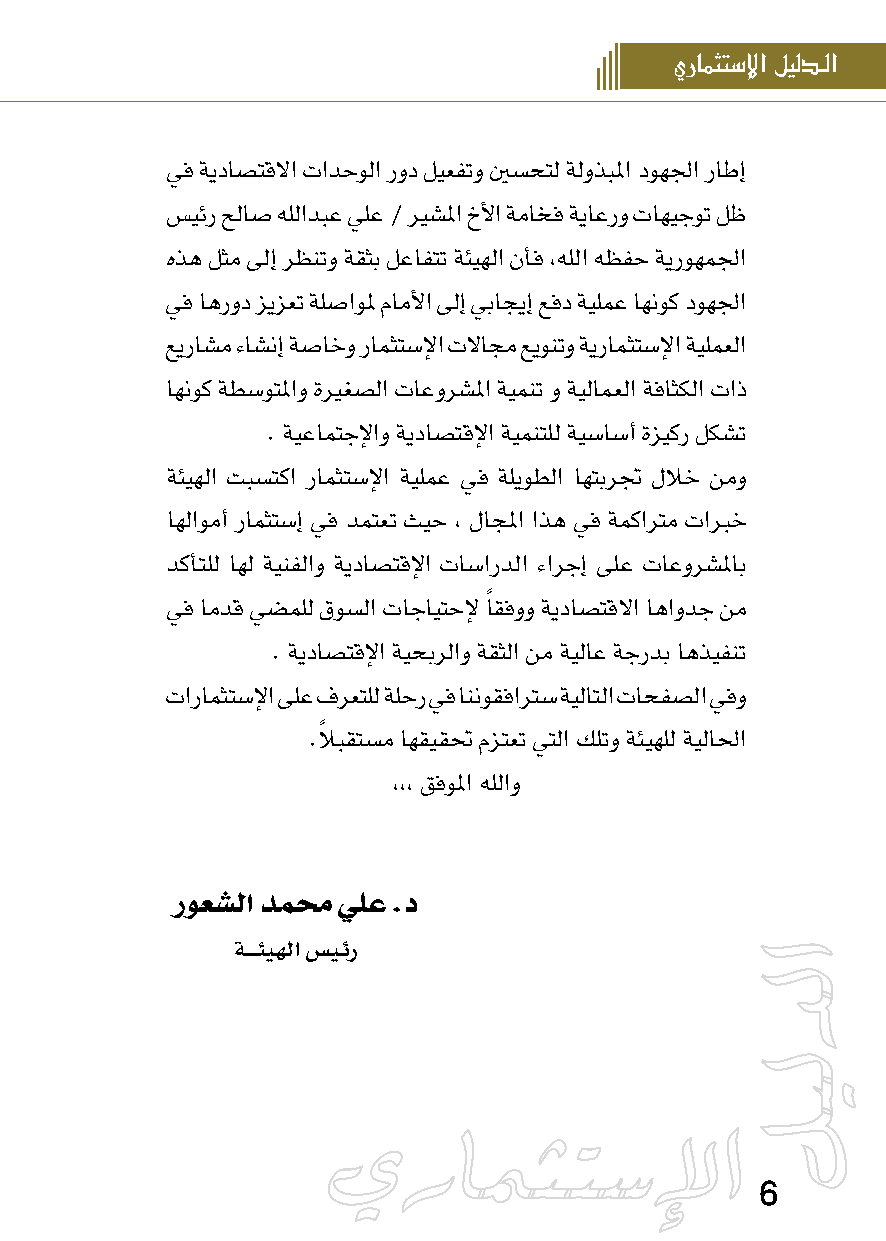
يرامثتس�إل� ليلدـل�
 يف ةيداصتقلاا تادحولا رود ليعفتو ينسحتل ةلوذبلما دوهلجا راطإ
 سيئر حلاص هللادبع يلع / ريشلما خلأا ةماخف ةياعرو تاهيجوت لظ
 هذه لثم ىلإ رظنتو ةقثب لعافتت ةئيهلا نأف ,هللا هظفح ةيروهملجا
 يف اهرود زيزعت ةلصاولم ماملأا ىلإ يباجيإ عفد ةيلمع اهنوك دوهلجا
 عيراشم ءاشنإ ةصاخو رامثتسلإا تلااجم عيونتو ةيرامثتسلإا ةيلمعلا
 اهنوك ةطسوتلماو ةريغصلا تاعورشلما ةيمنت و ةيلامعلا ةفاثكلا تاذ
 . ةيعامتجلإاو ةيداصتقلإا ةيمنتلل ةيساسأ ةزيكر لكشت
 ةئيهلا تبستكا رامثتسلإا ةيلمع يف ةليوطلا اهتبرتج للاخ نمو
 اهلاومأ رامثتسإ يف دمتعت ثيح , لاجلما اذه يف ةمكارتم تاربخ
 دكأتلل اهل ةينفلاو ةيداصتقلإا تاساردلا ءارجإ ىلع تاعورشلماب
 يف امدق يضملل قوسلا تاجايتحلإ ًاقفوو ةيداصتقلاا اهاودج نم
 . ةيداصتقلإا ةيحبرلاو ةقثلا نم ةيلاع ةجردب اهذيفنت
 تارامثتسلإا ىلع فرعتلل ةلحر يف اننوقفارتس ةيلاتلا تاحفصلا يفو
 .لاً بقتسم اهقيقتح مزتعت يتلا كلتو ةئيهلل ةيلالحا
 ,,, قفولما هللاو
 روعشلا دمحم يلع .د
 ةــــئيهلا سيئر
 6